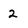
Character: 2